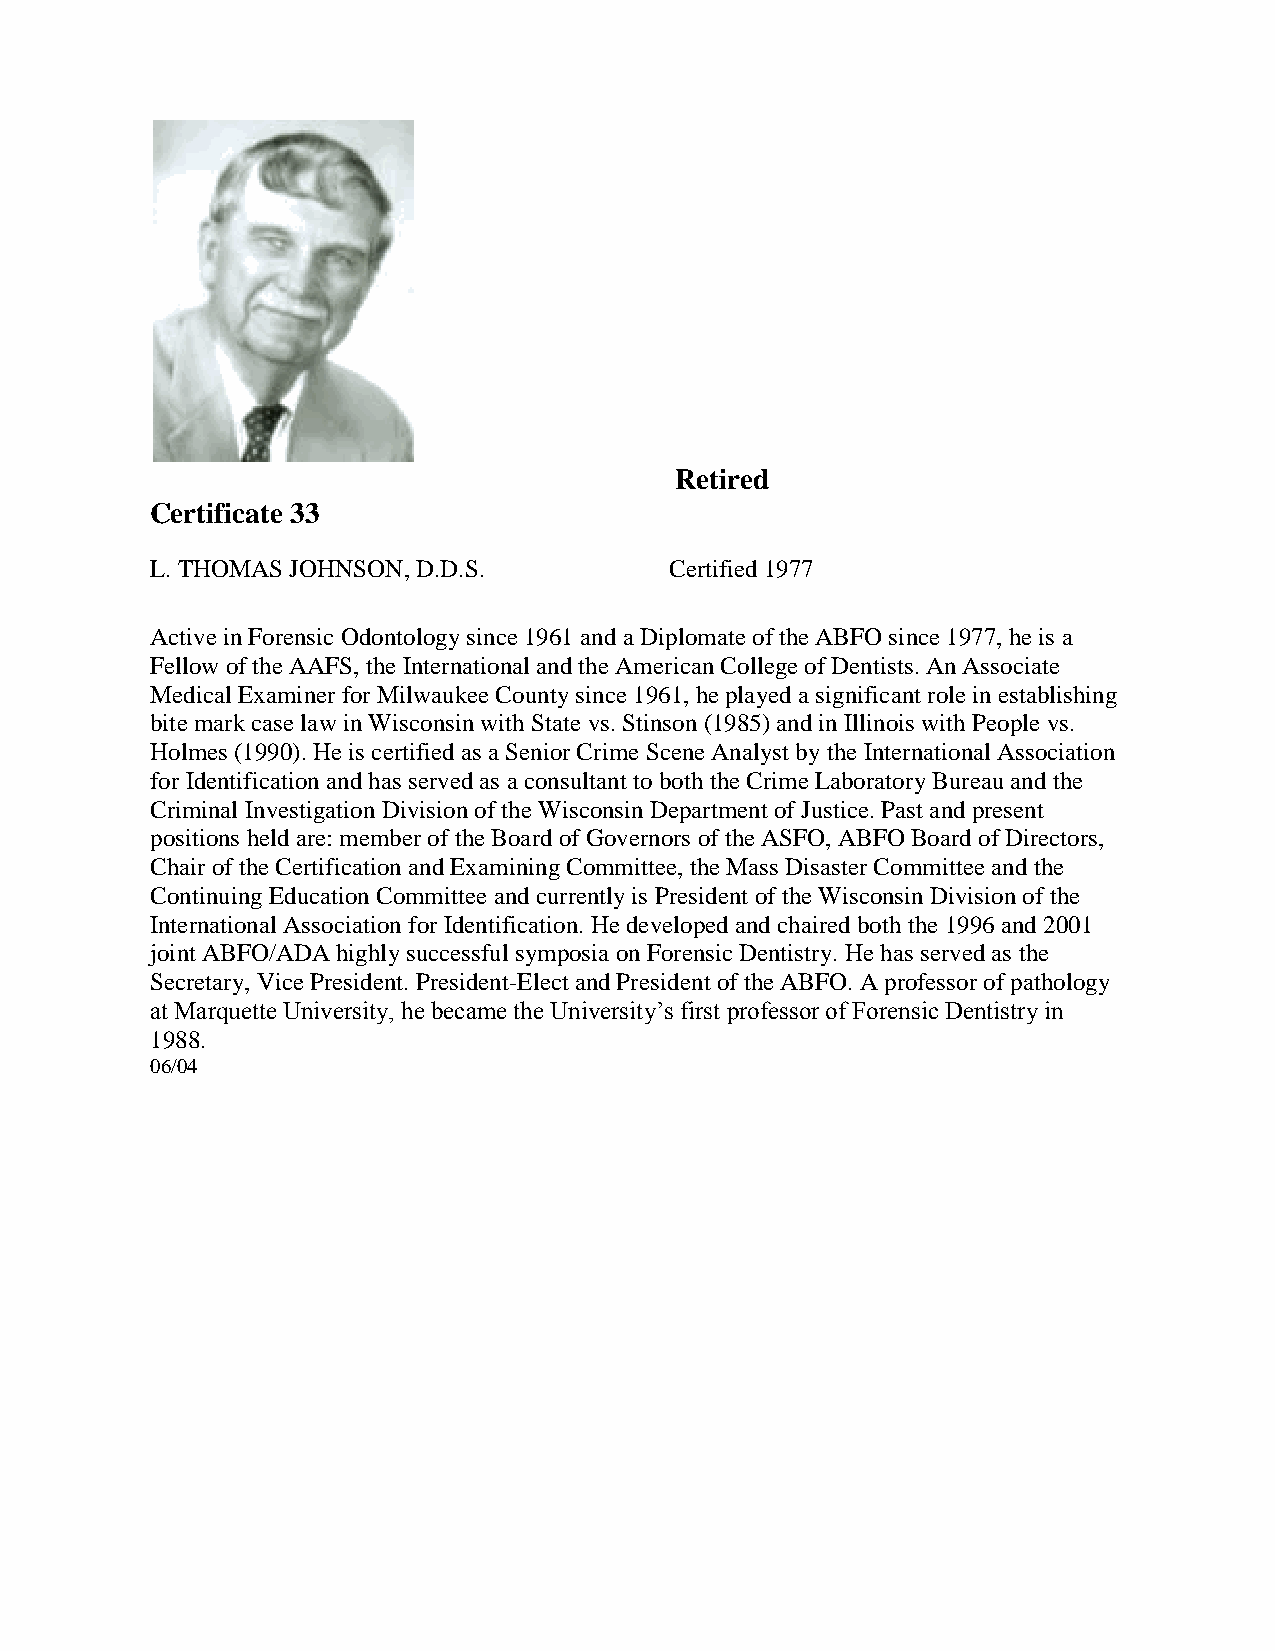
Retired
 Certificate 33
 L. THOMAS JOHNSON, D.D.S.         Certified 1977
 Active in Forensic Odontology since 1961 and a Diplomate of the ABFO since 1977, he is a
 Fellow of the AAFS, the International and the American College of Dentists. An Associate
 Medical Examiner for Milwaukee County since 1961, he played a significant role in establishing
 bite mark case law in Wisconsin with State vs. Stinson (1985) and in Illinois with People vs.
 Holmes (1990). He is certified as a Senior Crime Scene Analyst by the International Association
 for Identification and has served as a consultant to both the Crime Laboratory Bureau and the
 Criminal Investigation Division of the Wisconsin Department of Justice. Past and present
 positions held are: member of the Board of Governors of the ASFO, ABFO Board of Directors,
 Chair of the Certification and Examining Committee, the Mass Disaster Committee and the
 Continuing Education Committee and currently is President of the Wisconsin Division of the
 International Association for Identification. He developed and chaired both the 1996 and 2001
 joint ABFO/ADA highly successful symposia on Forensic Dentistry. He has served as the
 Secretary, Vice President. President-Elect and President of the ABFO. A professor of pathology
 at Marquette University, he became the University’s first professor of Forensic Dentistry in
 1988.
 06/04